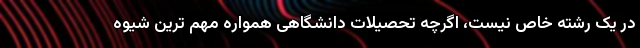
در یک رشته خاص نیست، اگرچه تحصیلات دانشگاهی همواره مهم ترین شیوه